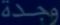
وجدة